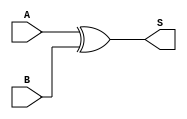
module gf2_8_add(
        input wire [7:0]    A   ,  //
        input wire [7:0]    B   ,  //
        
        output wire[7:0]    S      //
    );
    
    //GF(2^w),
    assign S = A ^ B;
    
endmodule